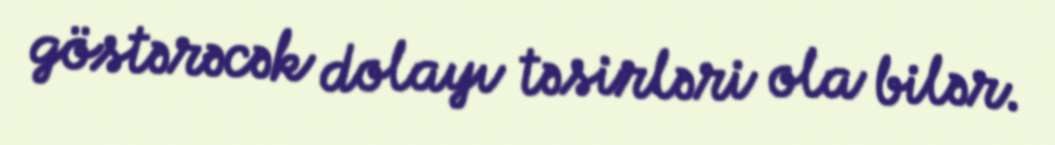
göstərəcək dolayı təsirləri ola bilər.